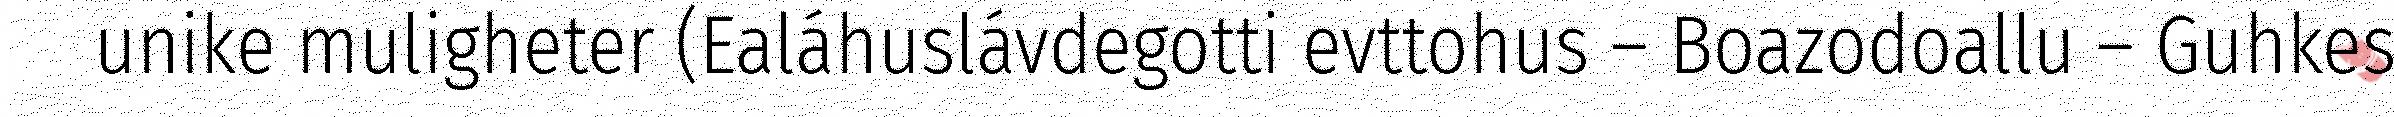
unike muligheter (Ealáhuslávdegotti evttohus – Boazodoallu – Guhkes